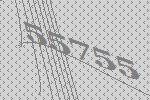
55755